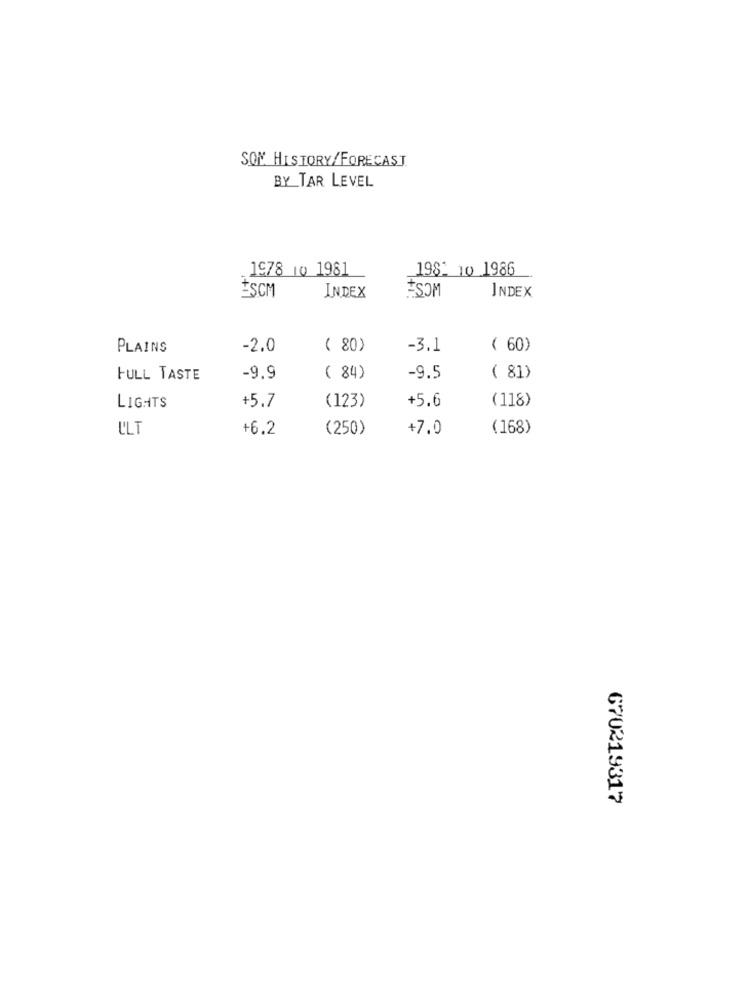
SON HISTORY/FORECAST
BY TAR LEVEL
1978 10 1981
1981 10 1986
*SOM
INDEX
*SCM
INDEX
PLAINS
-2.0
( 80)
-3.1
( 60)
FULL TASTE
-9.9
( 84)
-9.5
( 81)
+5.7
+5.6
(118)
LIGHTS
(123)
ULT
+6.2
(250)
+7.0
(168)
670219317